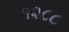
૧૨૮૮